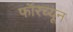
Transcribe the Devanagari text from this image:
फॉरच्यून